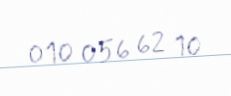
010 056 62 10